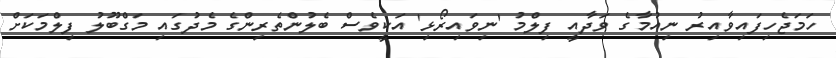
ހަމަޖެހިފައިވާއިރު ނިއުމާގެ ވަދާއީ ފިލްމު 'ނިވައިރޯޅި' އަކީވެސް ބެލުންތެރިންގެ މެދުގައި މަގްބޫލު ފިލްމަކަށް